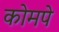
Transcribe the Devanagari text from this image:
कोमपे